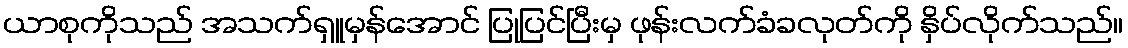
ယာစုကိုသည် အသက်ရှူမှန်အောင် ပြုပြင်ပြီးမှ ဖုန်းလက်ခံခလုတ်ကို နှိပ်လိုက်သည်။